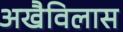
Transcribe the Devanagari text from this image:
अखैविलास